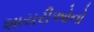
શાયરીઓનો